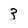
Character: 3